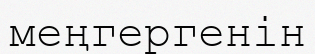
меңгергенін